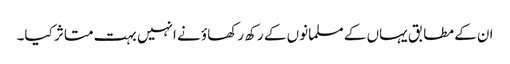
ان کے مطابق یہاں کے مسلمانوں کے رکھ رکھاؤ نے انہیں بہت متاثر کیا۔